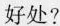
好处?